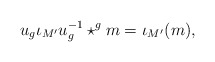
\begin{align*}u_{g}\iota_{M'}u_{g}^{-1}\star^g m=\iota_{M'}(m),\end{align*}